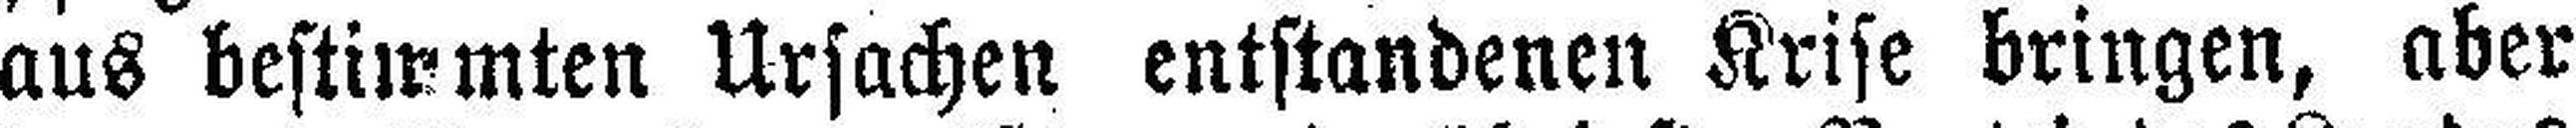
aus bestimmten Ursachen entstandenen Krise bringen, aber